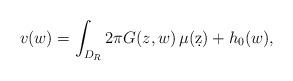
LaTeX: \begin{align*}v(w)=\int_{D_R}2\pi G(z,w)\, \mu(\d z)+h_0(w),\end{align*}